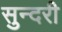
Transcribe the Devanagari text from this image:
सुन्‍दरी